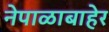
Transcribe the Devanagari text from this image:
नेपाळाबाहेर